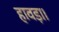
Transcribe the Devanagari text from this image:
हावड़ा।